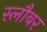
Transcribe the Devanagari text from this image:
स्लौबर